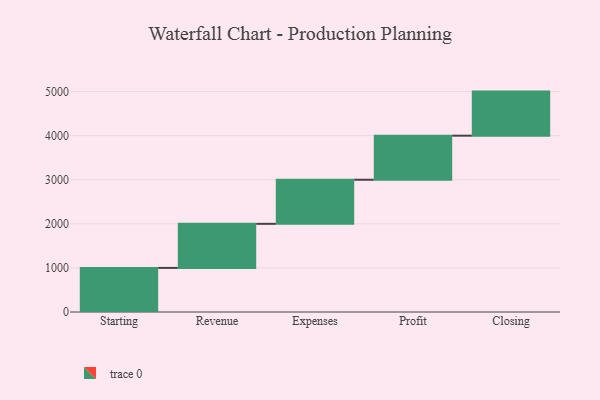
{"axis": {"x": "Step", "y": "Value"}, "legend": [""], "data": [{"x": "Starting", "y": 1000, "type": ""}, {"x": "Revenue", "y": 1000, "type": ""}, {"x": "Expenses", "y": 1000, "type": ""}, {"x": "Profit", "y": 1000, "type": ""}, {"x": "Closing", "y": 1000, "type": ""}]}